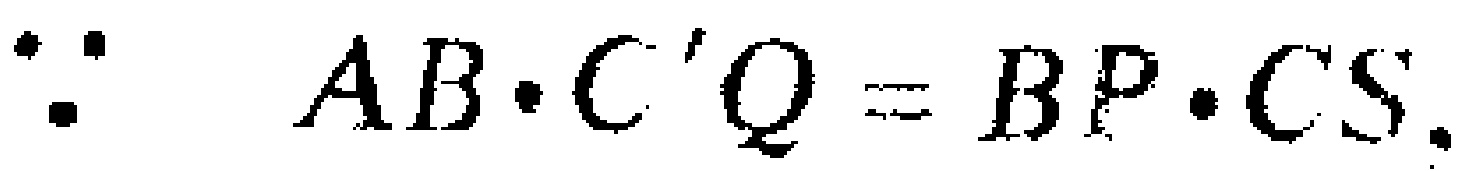
\(\because AB\cdot C'Q = BP\cdot CS.\)